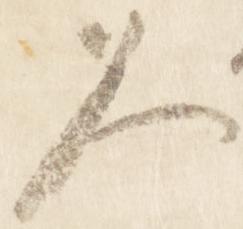
久